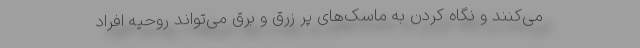
می‌کنند و نگاه کردن به ماسک‌های پر زرق و برق می‌تواند روحیه افراد